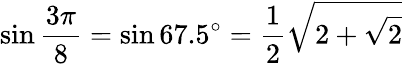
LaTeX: \sin{\frac{3\pi}{8}}=\sin 67.5^{\circ}={\frac{1}{2}}{\sqrt{2+{\sqrt{2}}}}